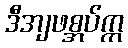
ဒီအျဖစ္အပ်က္က